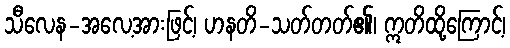
သီလေန-အလေ့အားဖြင့်၊ ဟနတိ-သတ်တတ်၏၊ ဣတိထို့ကြောင့်၊